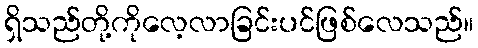
ရှိသည်တို့ကိုလေ့လာခြင်းပင်ဖြစ်လေသည်။